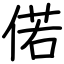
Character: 偌